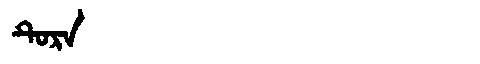
Manchu: ᡨᡠᡵᠠ
Romanization: TURA